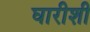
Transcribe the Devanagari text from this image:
घारीशी